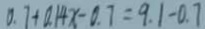
0 . 7 + 0 . 1 4 x - 0 . 7 = 9 . 1 - 0 . 7